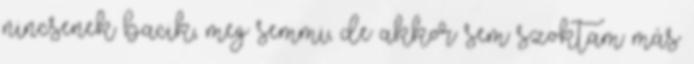
nincsenek bacik, meg semmi, de akkor sem szoktam más